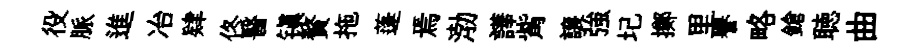
役脈進冶肄佟醫镇贅拖蓬焉渤譁觜譲強圮擲里譽略鎗聴曲